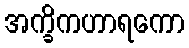
အက္ခိကဟာရကော